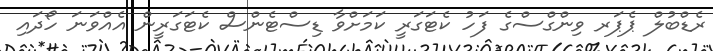
ރެޑްބުލް ޕެޕަރ ވިންގްސްގެ ފަހު ކެޓަގަރީ ކަމަށްވާ ޑިސްޓެންސް ކެޓަގަރީން އެއްވަނަ ހޯދައި